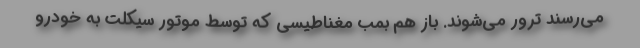
می‌رسند ترور می‌شوند. باز هم بمب مغناطیسی که توسط موتور سیکلت به خودرو